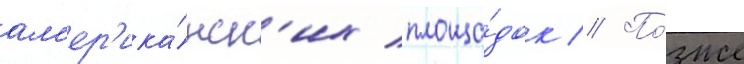
ам'ер'ика́нск'их площа́док // По́зже